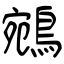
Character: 鵷